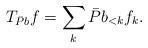
LaTeX: \begin{align*}T_{\bar P b} f = \sum_k \bar P b_{<k} f_k.\end{align*}